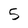
Character: 5